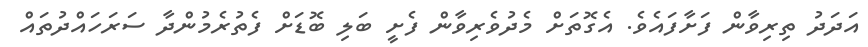
އަދަދު ތިރިވާން ފަށާފައެވެ. އެގޮތަށް މެދުވެރިވާން ފެށީ ބަލި ބޮޑަށް ފެތުރެމުންދާ ސަރަހައްދުތައް